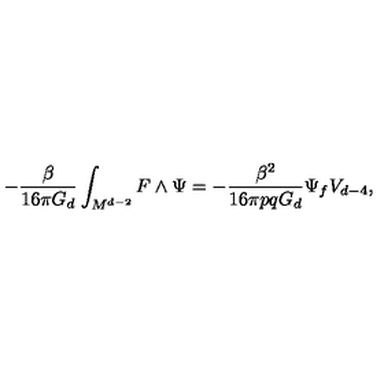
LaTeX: - \frac { \beta } { 1 6 \pi G _ { d } } \int _ { M ^ { d - 2 } } F \wedge \Psi = - \frac { \beta ^ { 2 } } { 1 6 \pi p q G _ { d } } \Psi _ { f } V _ { d - 4 } ,